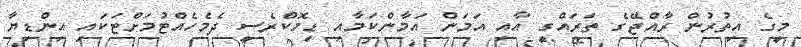
މީގެ އިތުރުން ރާއްޖޭގެ ތަރައްގީ އާއި އަމަން އަމާންކަމާއި ޑިމޮކްރެސީ ދެމެހެއްޓުމަށްޓަކައި އިންޑިޔާ